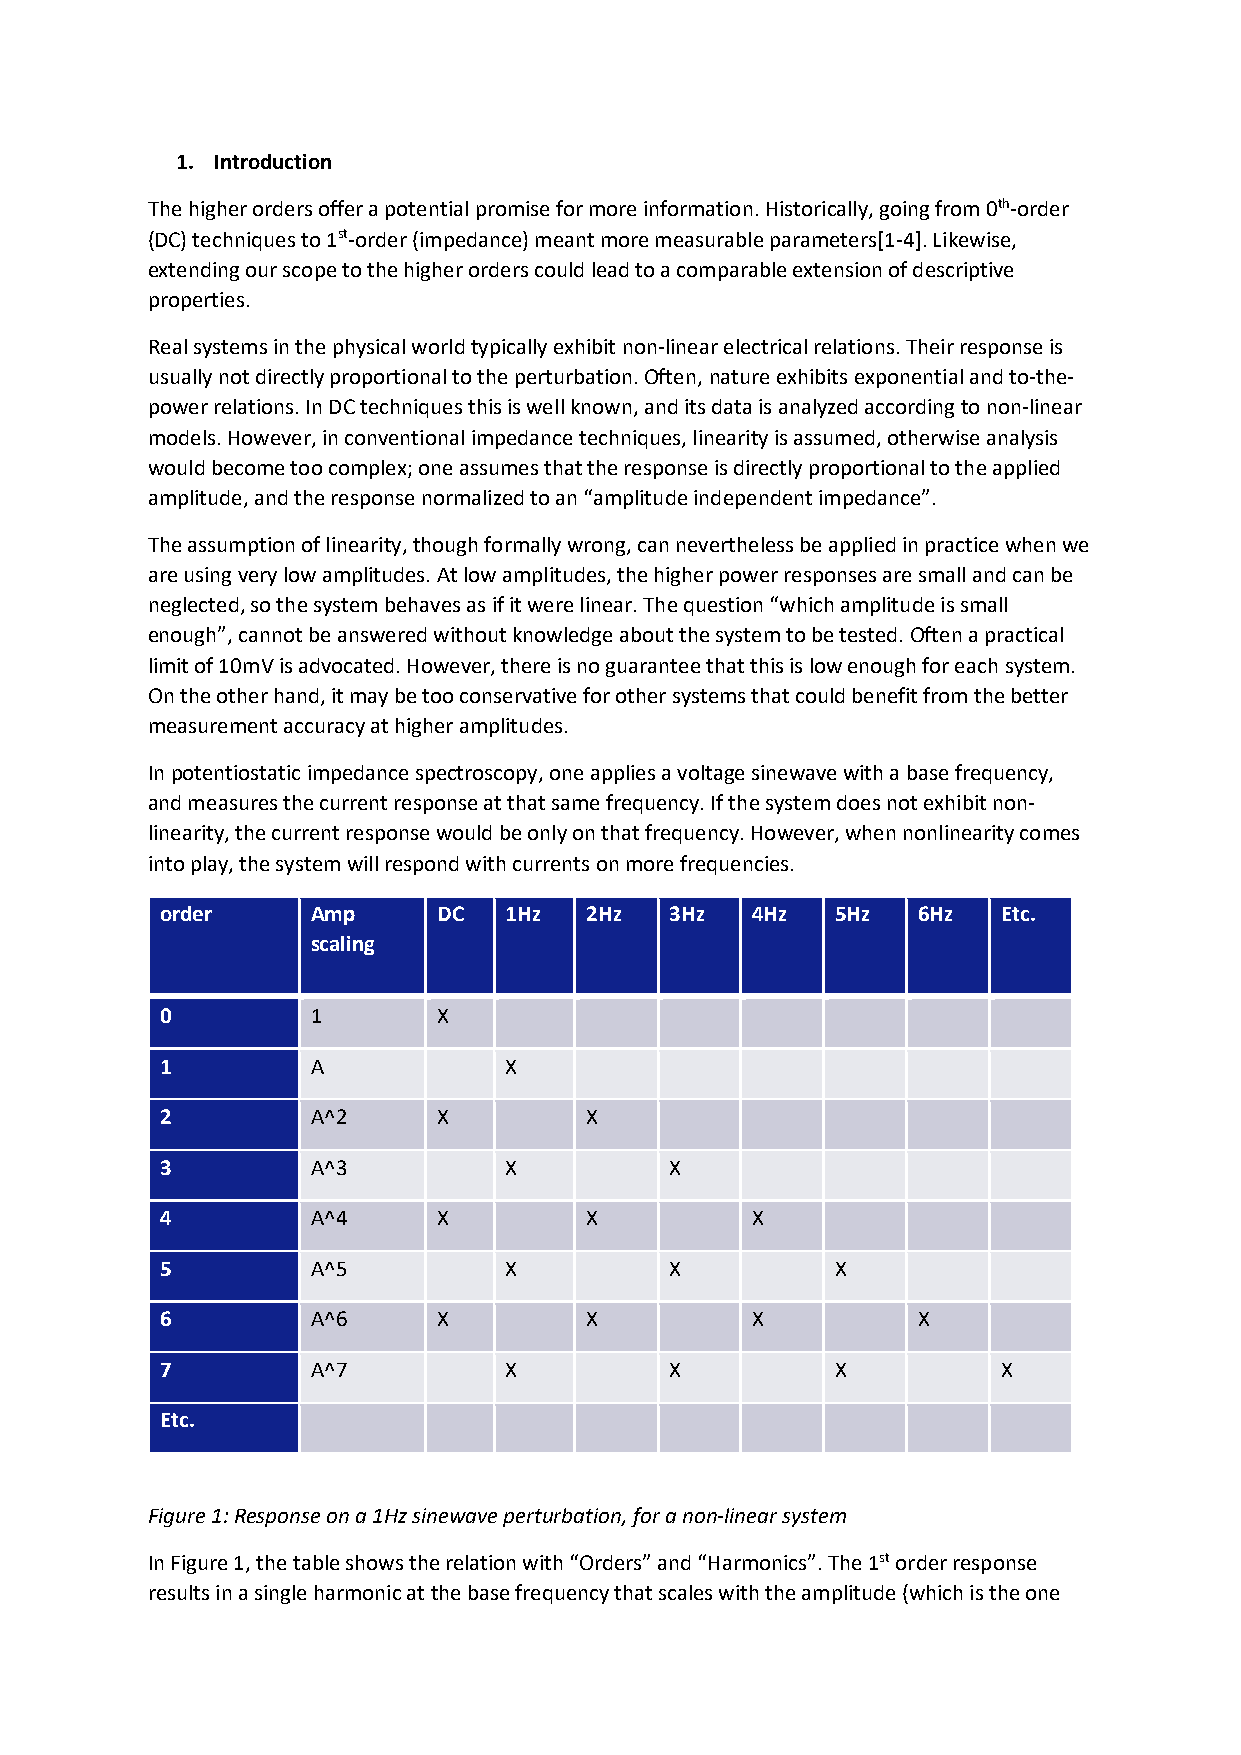
1. Introduction
 The higher orders offer a potential promise for more information. Historically, going from 0th-order
 (DC) techniques to 1st-order (impedance) meant more measurable parameters[1-4]. Likewise,
 extending our scope to the higher orders could lead to a comparable extension of descriptive
 properties.
 Real systems in the physical world typically exhibit non-linear electrical relations. Their response is
 usually not directly proportional to the perturbation. Often, nature exhibits exponential and to-the-
 power relations. In DC techniques this is well known, and its data is analyzed according to non-linear
 models. However, in conventional impedance techniques, linearity is assumed, otherwise analysis
 would become too complex; one assumes that the response is directly proportional to the applied
 amplitude, and the response normalized to an “amplitude independent impedance”.
 The assumption of linearity, though formally wrong, can nevertheless be applied in practice when we
 are using very low amplitudes. At low amplitudes, the higher power responses are small and can be
 neglected, so the system behaves as if it were linear. The question “which amplitude is small
 enough”, cannot be answered without knowledge about the system to be tested. Often a practical
 limit of 10mV is advocated. However, there is no guarantee that this is low enough for each system.
 On the other hand, it may be too conservative for other systems that could benefit from the better
 measurement accuracy at higher amplitudes.
 In potentiostatic impedance spectroscopy, one applies a voltage sinewave with a base frequency,
 and measures the current response at that same frequency. If the system does not exhibit non-
 linearity, the current response would be only on that frequency. However, when nonlinearity comes
 into play, the system will respond with currents on more frequencies.
 order     Amp     DC  1Hz   2Hz  3Hz   4Hz  5Hz   6Hz  Etc.
 scaling
 0         1       X
 1         A           X
 2         A^2     X         X
 3         A^3         X          X
 4         A^4     X         X          X
 5         A^5         X          X          X
 6         A^6     X         X          X          X
 7         A^7         X          X          X          X
 Etc.
 Figure 1: Response on a 1Hz sinewave perturbation, for a non-linear system
 In Figure 1, the table shows the relation with “Orders” and “Harmonics”. The 1st order response
 results in a single harmonic at the base frequency that scales with the amplitude (which is the one